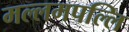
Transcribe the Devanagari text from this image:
मल्लमपल्लि